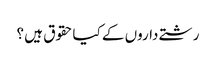
رشتے داروں کے کیاحقوق ہیں ؟